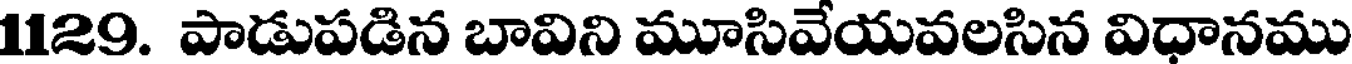
1129. పాడుపడిన బావిని మూసివేయవలసిన విధానము